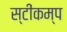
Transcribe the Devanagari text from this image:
स्टींकम्प